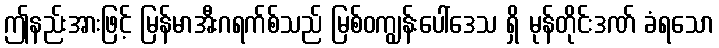
ဤနည်းအားဖြင့် မြန်မာအီးဂရက်စ်သည် မြစ်ဝကျွန်းပေါ်ဒေသ ရှိ မုန်တိုင်းဒဏ် ခံရသော